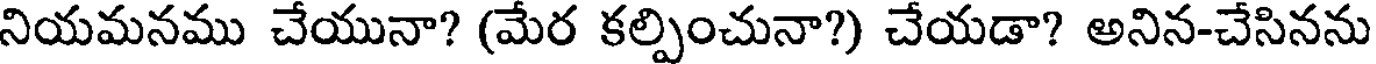
నియమనము చేయునా? (మేర కల్పించునా?) చేయడా? అనిన-చేసినను